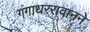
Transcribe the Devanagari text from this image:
गंगाधररावानने